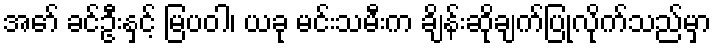
အော် ခင်ဦးနှင့် မြပဝါ၊ ယခု မင်းသမီးက ချိန်းဆိုချက်ပြုလိုက်သည်မှာ